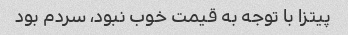
پیتزا با توجه به قیمت خوب نبود، سردم بود